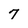
Character: 7